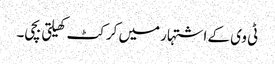
ٹی وی کے اشتہار میں کرکٹ کھیلتی بچی۔